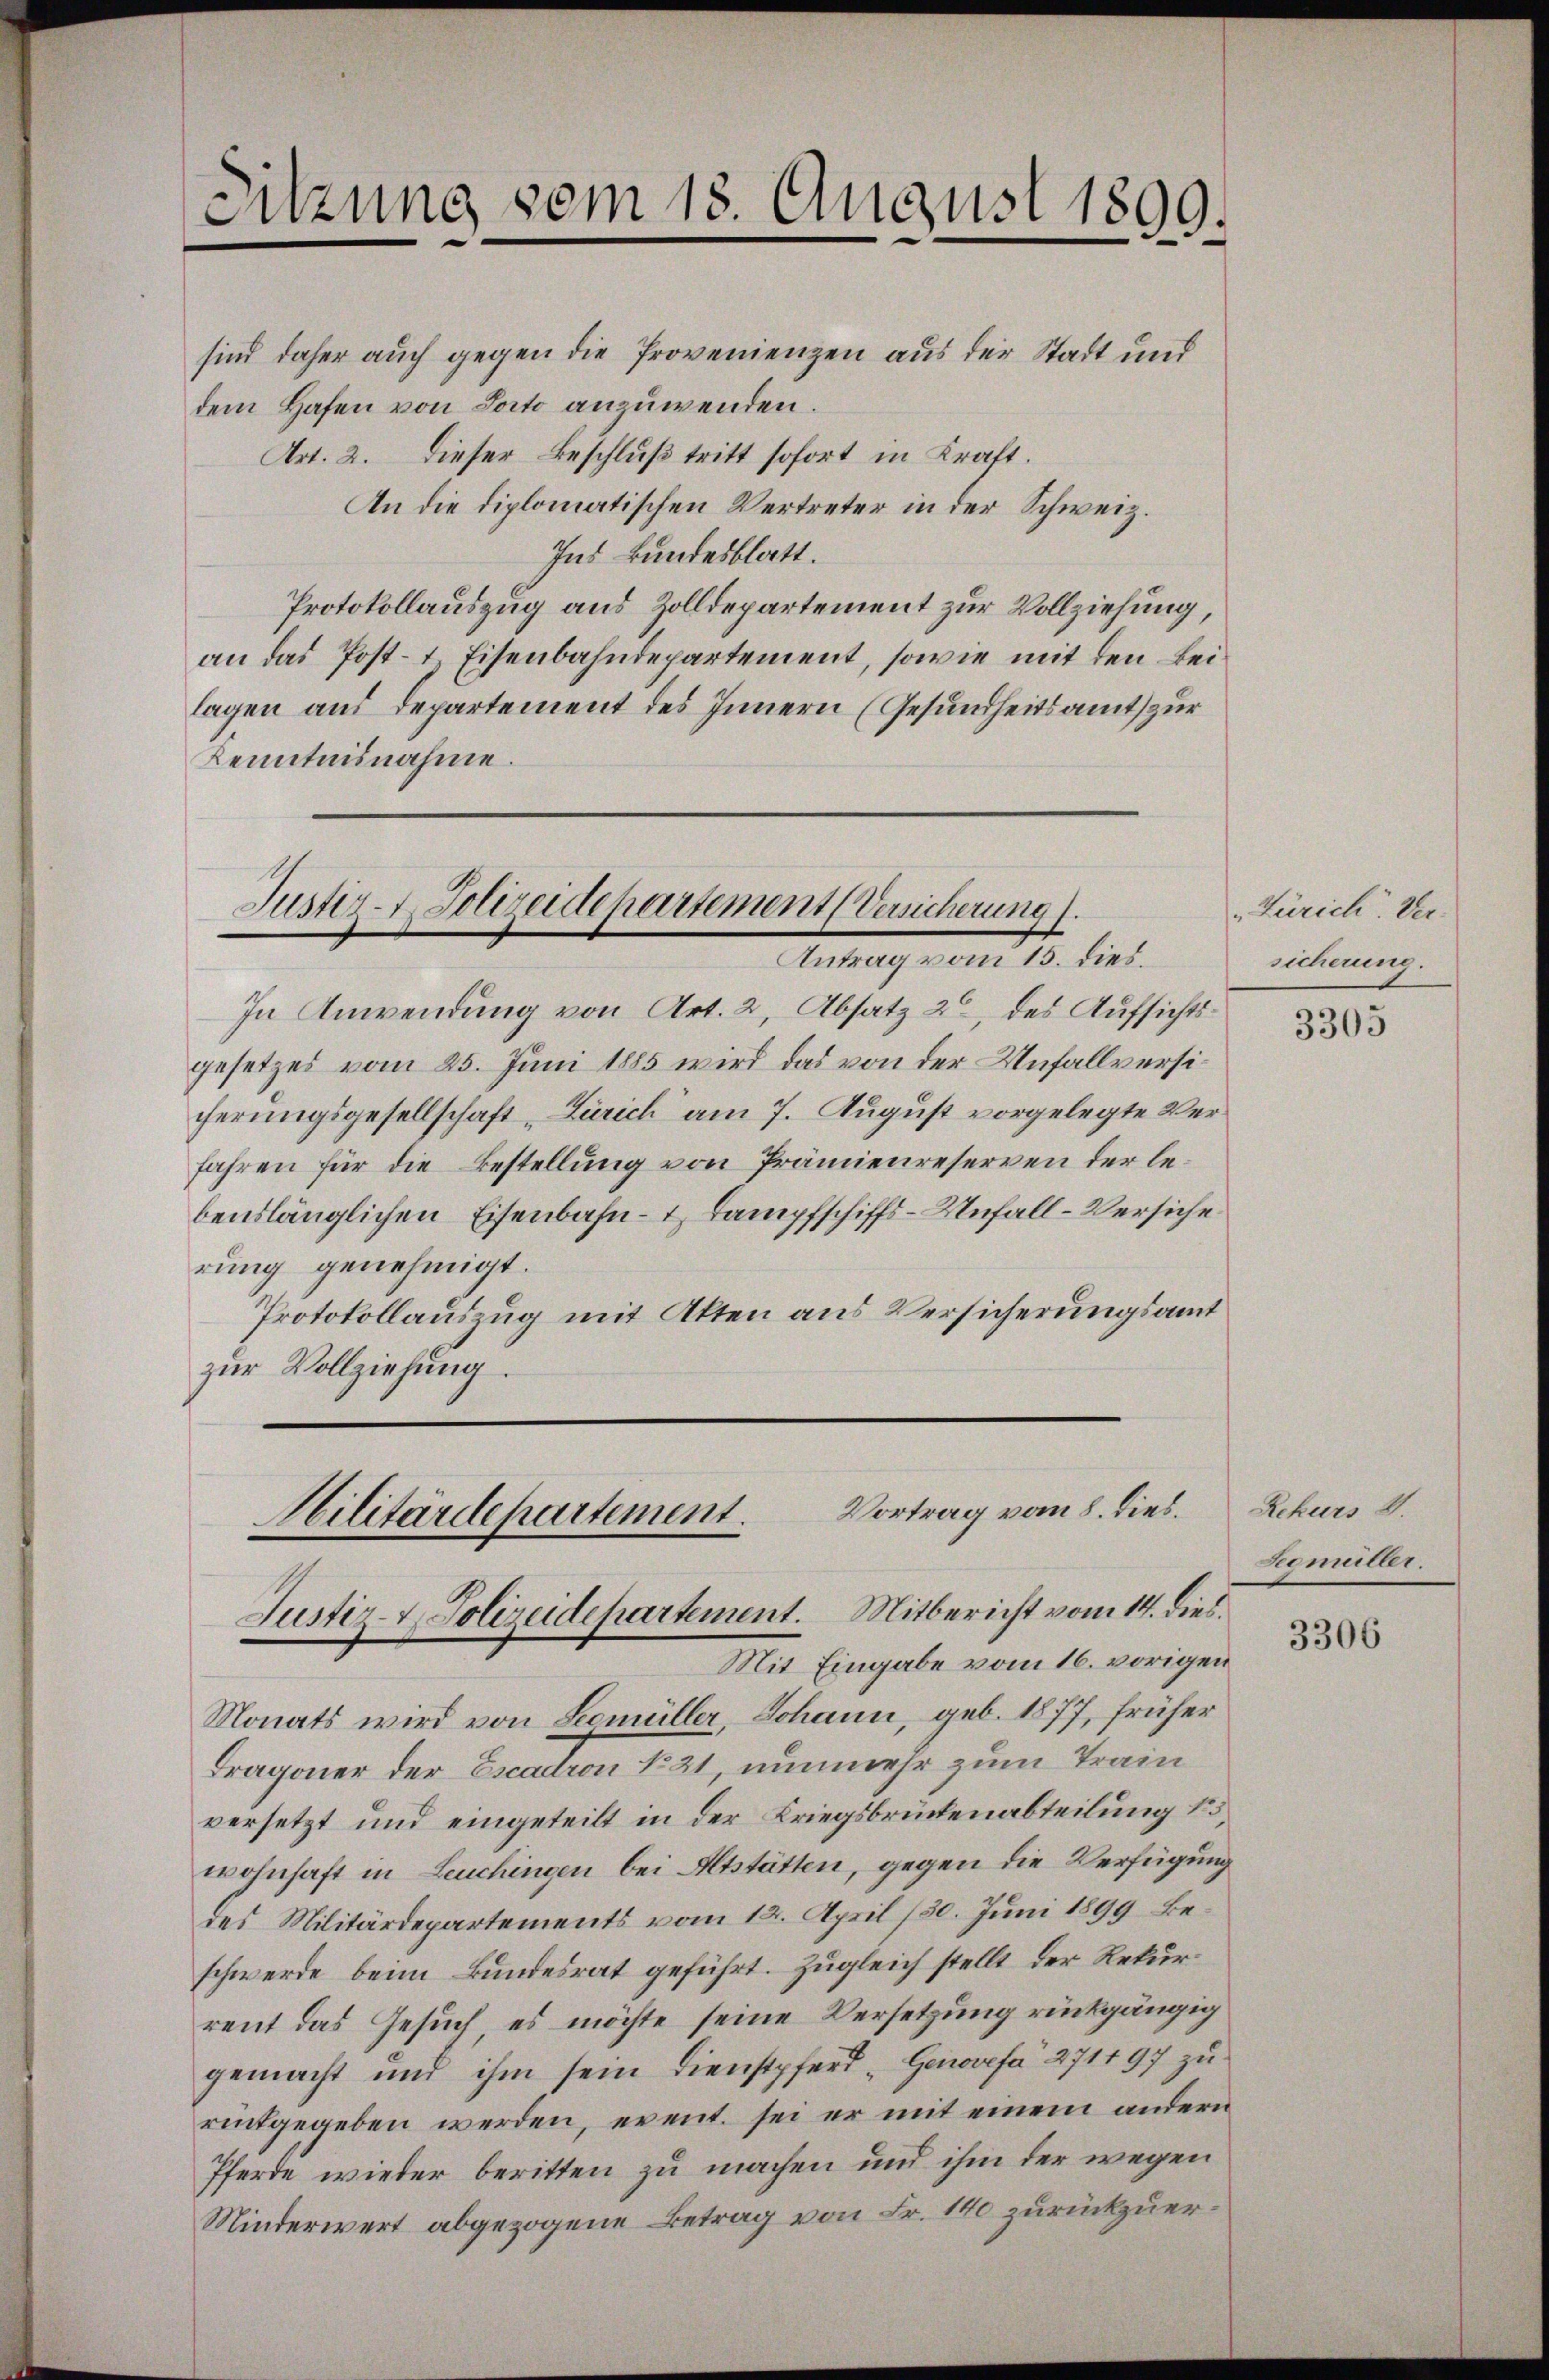
Sitzung vom 15. August 1899.
e

sind daher auch gegen die Provenienzen aus der Stadt und
dem Hafen von Porto anzuwenden.
Art. 2. Dieser Beschluß tritt sofort in Kraft.
An die diplomatischen Vertreter in der Schweiz.
Ins Bundesblatt.
Protokollauszug aus Zolldepartement zur Vollziehung,
an das Post- & Eisenbahndepartement, sowie mit den Beilagen aus Departement des Innern (Gesundheitsamt zur
Kenntnisnahme.
Justiz- Polizeidepartement (Versicherung).
Antrag vom 15. dies.
In Anwendung von Art. 2, Absatz 2 des Aufsichtsgesetzes vom 25. Juni 1885 wird das von der Unfallversicherungsgesellschaft „Zürich am 7. August vorgelegte Verfahren für die Bestellung von Prämienreserven der lebenslänglichen Eisenbahn- & Lampfschiffs-Unfall-Versiche
rung genehmigt.
Protokollauszug mit Akten aus Versicherungsamt
zur Vollziehung.

Mit Eingabe vom 16. vorigen
Monats wird von Leemüller Johann, geb. 1877, früher
Dragoner der Excadron No 21, nunmehr zum Train
versetzt und eingeteilt in der Kriegsbrückenabteilung 15.
wohnhaft in Leuchingen bei Altstätten, gegen die Verfügung
des Militärdepartements vom 12. April 130. Juni 1899 beschwerde beim Bundesrat geführt. Zugleich stellt der Rekurrent das Gesuch, es möchte seine Versetzung rückgängig
gemacht und ihm sein Dienstpfert Genovefa 271197 zu
rentgegeben werden, event. sei er mit einem andern
Pferde wieder beritten zu machen und ihm der wegen
Minderwert abgezogene Betrag von Fr. 140 zurückzuer¬

Vortrag vom 8. dies.
Militärdepartement.
Justiz- & Polizeidepartement. Mitbericht vom 14. dies

„Zürich. Ver-
sicherung.

3305

Rekurs d.
Somüller.

3306